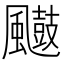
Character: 𮨲